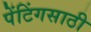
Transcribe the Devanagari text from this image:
पेंटिंगसाठी